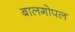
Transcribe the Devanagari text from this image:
बालगोपल